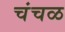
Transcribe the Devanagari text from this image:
चंचळ